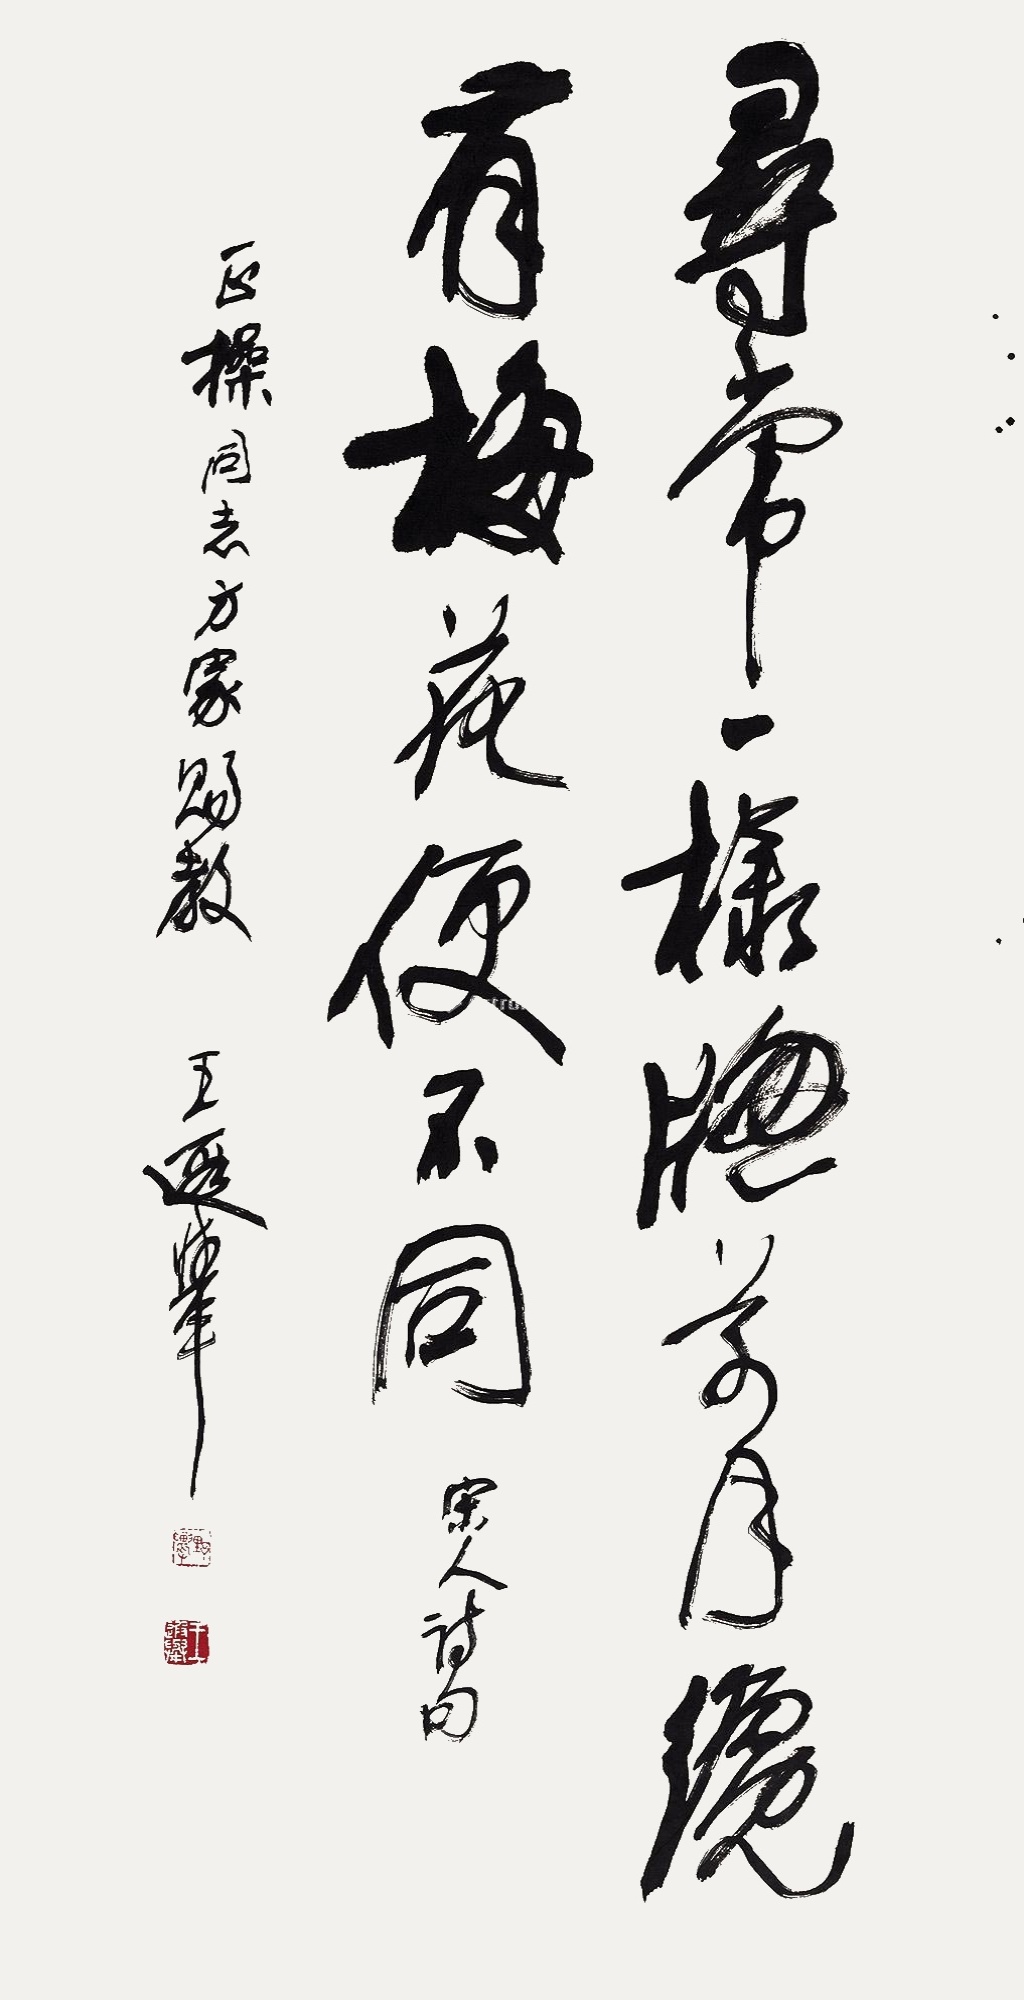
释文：寻常一样窗前月，才有梅花便不同。宋人诗句。正操同志方家赐教，王遐举。